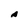
Character: A